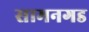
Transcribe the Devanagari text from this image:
सामनगड